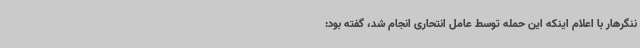
ننگرهار با اعلام اینکه این حمله توسط عامل انتحاری انجام شد، گفته بود: